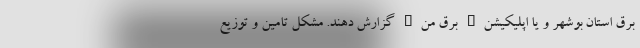
برق استان بوشهر و یا اپلیکیشن" برق من" گزارش دهند. مشکل تامین و توزیع